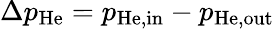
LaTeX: \Delta{p}_{\mathrm{He}}=p_{\mathrm{He,in}}-p_{\mathrm{He,out}}